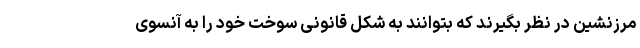
مرزنشین در نظر بگیرند که بتوانند به شکل قانونی سوخت خود را به آنسوی